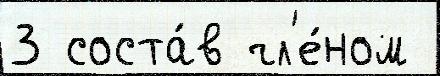
3 соста́в чл'е́ном